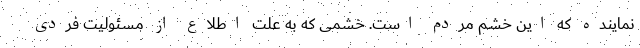
نماینده که این خشم مردم است. خشمی که به علت اطلاع از مسئولیت فردی